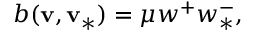
b ( \mathbf { v } , \mathbf { v } _ { \ast } ) = \mu w ^ { + } w _ { \ast } ^ { - } ,